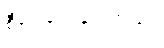
စီစဉ်ပေးခဲ့ပါတယ်။